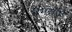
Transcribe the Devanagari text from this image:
हेमरॉएड